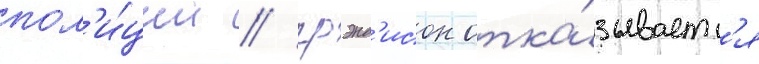
пол'и́ции / грэнд'исон отка́зываетс'я